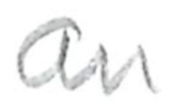
Text: an
Cross-out: clean
Writing tool: pencil